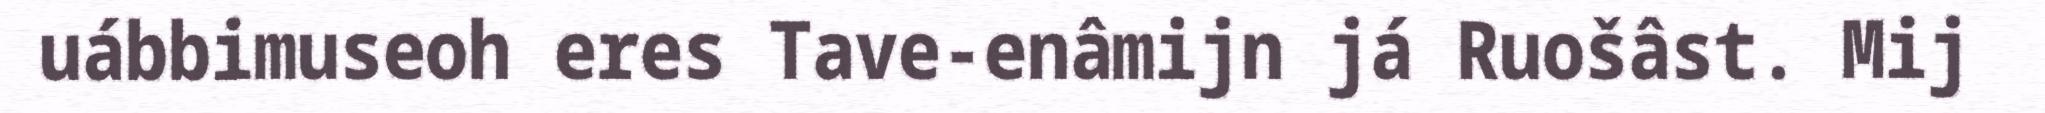
uábbimuseoh eres Tave-enâmijn já Ruošâst. Mij